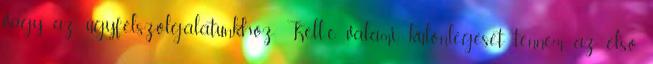
vagy az ügyfélszolgálatunkhoz. Kell-e valami különlegeset tennem az első